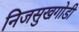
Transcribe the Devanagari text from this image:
निजसुखगोडी